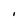
Character: I